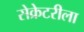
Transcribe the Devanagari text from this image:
सेक्रेटरीला